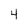
Character: 4